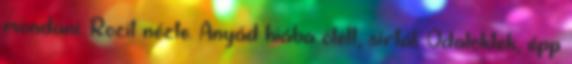
mondani. Rozit nézte. Anyád hiába ölelt, sírtál. Odalöktek, épp